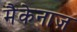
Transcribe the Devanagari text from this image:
मैकेनाज़